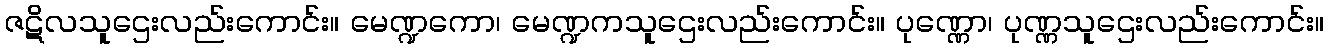
ဇဋိလသူဌေးလည်းကောင်း။ မေဏ္ဍကော၊ မေဏ္ဍကသူဌေးလည်းကောင်း။ ပုဏ္ဏော၊ ပုဏ္ဏသူဌေးလည်းကောင်း။